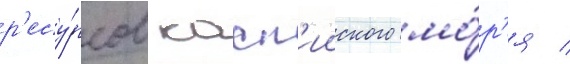
р'есу́рсов касп'ииского мо́р'я /